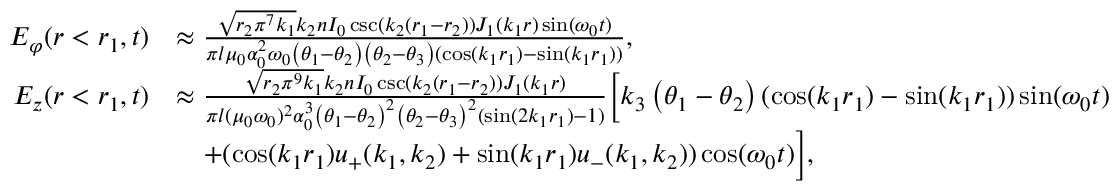
\begin{array} { r l } { E _ { \varphi } ( r < r _ { 1 } , t ) } & { \approx \frac { \sqrt { r _ { 2 } \pi ^ { 7 } k _ { 1 } } k _ { 2 } n I _ { 0 } \csc ( k _ { 2 } ( r _ { 1 } - r _ { 2 } ) ) J _ { 1 } ( k _ { 1 } r ) \sin ( \omega _ { 0 } t ) } { \pi l \mu _ { 0 } \alpha _ { 0 } ^ { 2 } \omega _ { 0 } \left( \theta _ { 1 } - \theta _ { 2 } \right) \left( \theta _ { 2 } - \theta _ { 3 } \right) ( \cos ( k _ { 1 } r _ { 1 } ) - \sin ( k _ { 1 } r _ { 1 } ) ) } , } \\ { E _ { z } ( r < r _ { 1 } , t ) } & { \approx \frac { \sqrt { r _ { 2 } \pi ^ { 9 } k _ { 1 } } k _ { 2 } n I _ { 0 } \csc ( k _ { 2 } ( r _ { 1 } - r _ { 2 } ) ) J _ { 1 } ( k _ { 1 } r ) } { \pi l ( \mu _ { 0 } \omega _ { 0 } ) ^ { 2 } \alpha _ { 0 } ^ { 3 } \left( \theta _ { 1 } - \theta _ { 2 } \right) ^ { 2 } \left( \theta _ { 2 } - \theta _ { 3 } \right) ^ { 2 } ( \sin ( 2 k _ { 1 } r _ { 1 } ) - 1 ) } \Big [ k _ { 3 } \left( \theta _ { 1 } - \theta _ { 2 } \right) ( \cos ( k _ { 1 } r _ { 1 } ) - \sin ( k _ { 1 } r _ { 1 } ) ) \sin ( \omega _ { 0 } t ) } \\ & { \quad + ( \cos ( k _ { 1 } r _ { 1 } ) u _ { + } ( k _ { 1 } , k _ { 2 } ) + \sin ( k _ { 1 } r _ { 1 } ) u _ { - } ( k _ { 1 } , k _ { 2 } ) ) \cos ( \omega _ { 0 } t ) \Big ] , } \end{array}